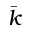
\bar { k }